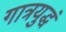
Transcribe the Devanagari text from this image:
गात्रयुद्धं